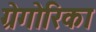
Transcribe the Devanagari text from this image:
ग्रेगोरिका